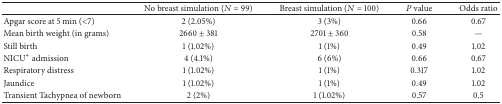
|  | No breast simulation (N = 99) | Breast simulation (N = 100) | P value | Odds ratio |
 | --- | --- | --- | --- | --- |
 | Apgar score at 5 min (<7) | 2 (2.05%) | 3 (3%) | 0.66 | 0.67 |
 | Mean birth weight (in grams) | 2660 ± 381 | 2701 ± 360 | 0.58 | — |
 | Still birth | 1 (1.02%) | 1 (1%) | 0.49 | 1.02 |
 | NICU* admission | 4 (4.1%) | 6 (6%) | 0.66 | 0.67 |
 | Respiratory distress | 1 (1.02%) | 1 (1%) | 0.317 | 1.02 |
 | Jaundice | 1 (1.02%) | 1 (1%) | 0.49 | 1.02 |
 | Transient Tachypnea of newborn | 2 (2%) | 1 (1.02%) | 0.57 | 0.5 |